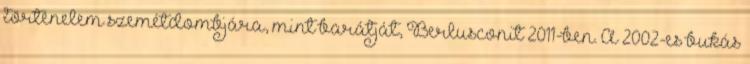
történelem szemétdombjára, mint barátját, Berlusconit 2011-ben. A 2002-es bukás